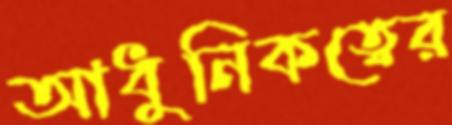
আধুনিকত্বের